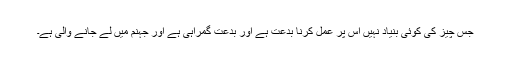
جس چیز کی کوئی بنیاد نہیں اس پر عمل کرنا بدعت ہے اور بدعت گمراہی ہے اور جہنم میں لے جانے والی ہے۔